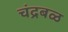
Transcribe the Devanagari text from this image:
चंद्रबळ